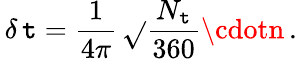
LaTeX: \, \delta\, \mathtt{t}=\frac{{1}}{{4\pi}}\, \sqrt{}{{\frac{{N_{\mathtt{t}}}}{{360}}}}\cdotn\, .